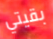
بقيتي